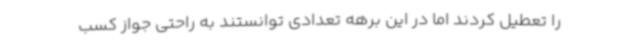
را تعطیل کردند اما در این برهه تعدادی توانستند به راحتی جواز کسب